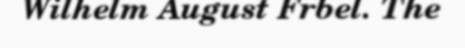
Wilhelm August Frbel. The